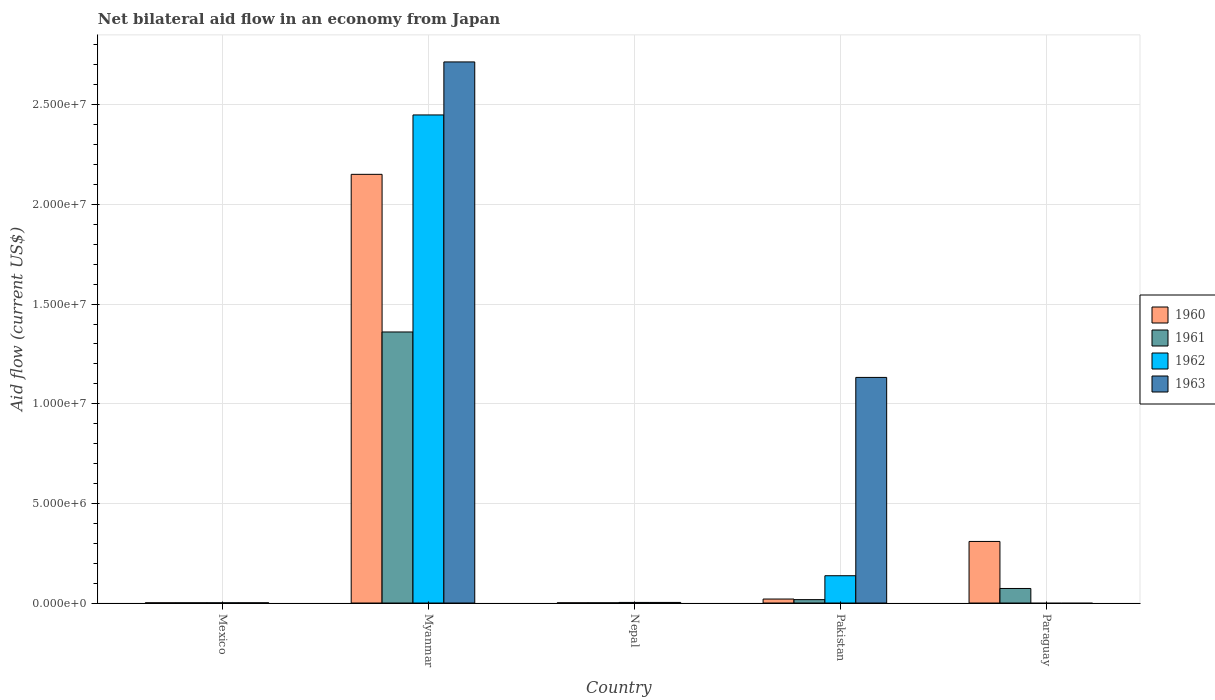
| Country | 1960 | 1961 | 1962 | 1963 |
 | --- | --- | --- | --- | --- |
 | Mexico | 1e+04 | 1e+04 | 1e+04 | 1e+04 |
 | Myanmar | 2.15e+07 | 1.36e+07 | 2.45e+07 | 2.72e+07 |
 | Nepal | 1e+04 | 1e+04 | 3e+04 | 3e+04 |
 | Pakistan | 2e+05 | 1.7e+05 | 1.37e+06 | 1.13e+07 |
 | Paraguay | 3.09e+06 | 7.3e+05 | -4.1e+05 | -4.1e+05 |